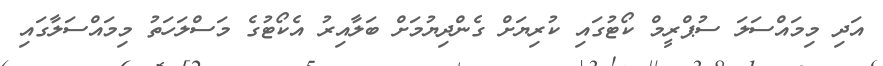
އަދި މިމައްސަލަ ސުޕްރީމް ކޯޓުގައި ކުރިޔަށް ގެންދިޔުމަށް ބަލާއިރު އެކޯޓުގެ މަސްލަހަތު މިމައްސަލާގައި